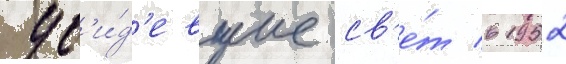
ув'и́д'евшие св'е́т в 1952